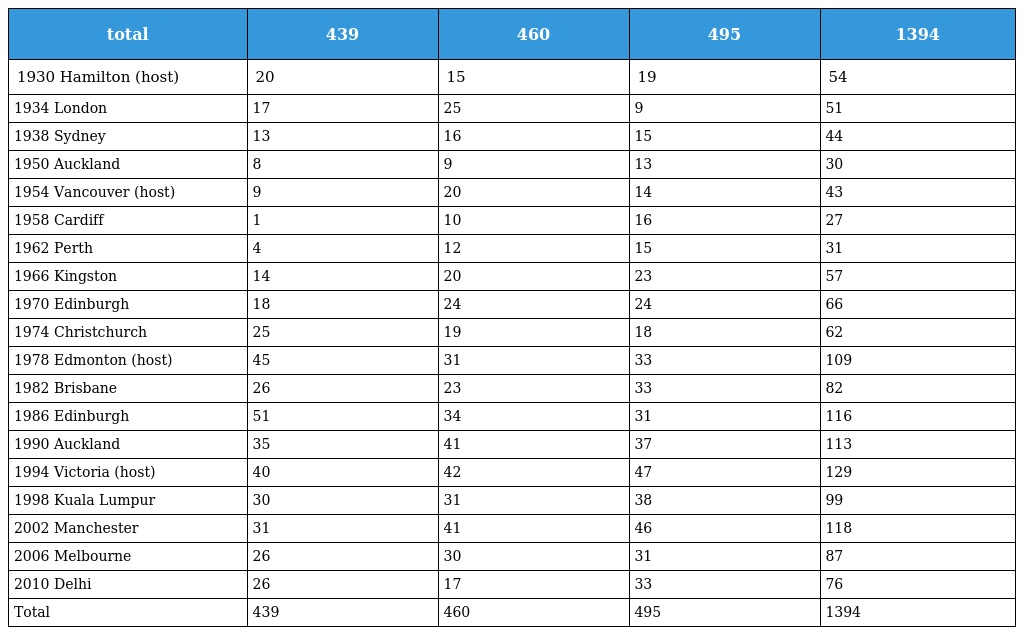
| total | 439 | 460 | 495 | 1394 |
 | --- | --- | --- | --- | --- |
 | 1930 Hamilton (host) | 20 | 15 | 19 | 54 |
 | 1934 London | 17 | 25 | 9 | 51 |
 | 1938 Sydney | 13 | 16 | 15 | 44 |
 | 1950 Auckland | 8 | 9 | 13 | 30 |
 | 1954 Vancouver (host) | 9 | 20 | 14 | 43 |
 | 1958 Cardiff | 1 | 10 | 16 | 27 |
 | 1962 Perth | 4 | 12 | 15 | 31 |
 | 1966 Kingston | 14 | 20 | 23 | 57 |
 | 1970 Edinburgh | 18 | 24 | 24 | 66 |
 | 1974 Christchurch | 25 | 19 | 18 | 62 |
 | 1978 Edmonton (host) | 45 | 31 | 33 | 109 |
 | 1982 Brisbane | 26 | 23 | 33 | 82 |
 | 1986 Edinburgh | 51 | 34 | 31 | 116 |
 | 1990 Auckland | 35 | 41 | 37 | 113 |
 | 1994 Victoria (host) | 40 | 42 | 47 | 129 |
 | 1998 Kuala Lumpur | 30 | 31 | 38 | 99 |
 | 2002 Manchester | 31 | 41 | 46 | 118 |
 | 2006 Melbourne | 26 | 30 | 31 | 87 |
 | 2010 Delhi | 26 | 17 | 33 | 76 |
 | Total | 439 | 460 | 495 | 1394 |